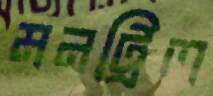
মনট্রিল